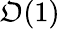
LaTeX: \mathfrak{O}(1)